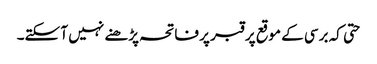
حتی کہ برسی کے موقع پر قبر پر فاتحہ پڑھنے نہیں آ سکتے۔